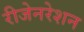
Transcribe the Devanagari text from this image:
रीजेनरेशन